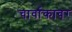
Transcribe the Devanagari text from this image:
चार्वाकावर